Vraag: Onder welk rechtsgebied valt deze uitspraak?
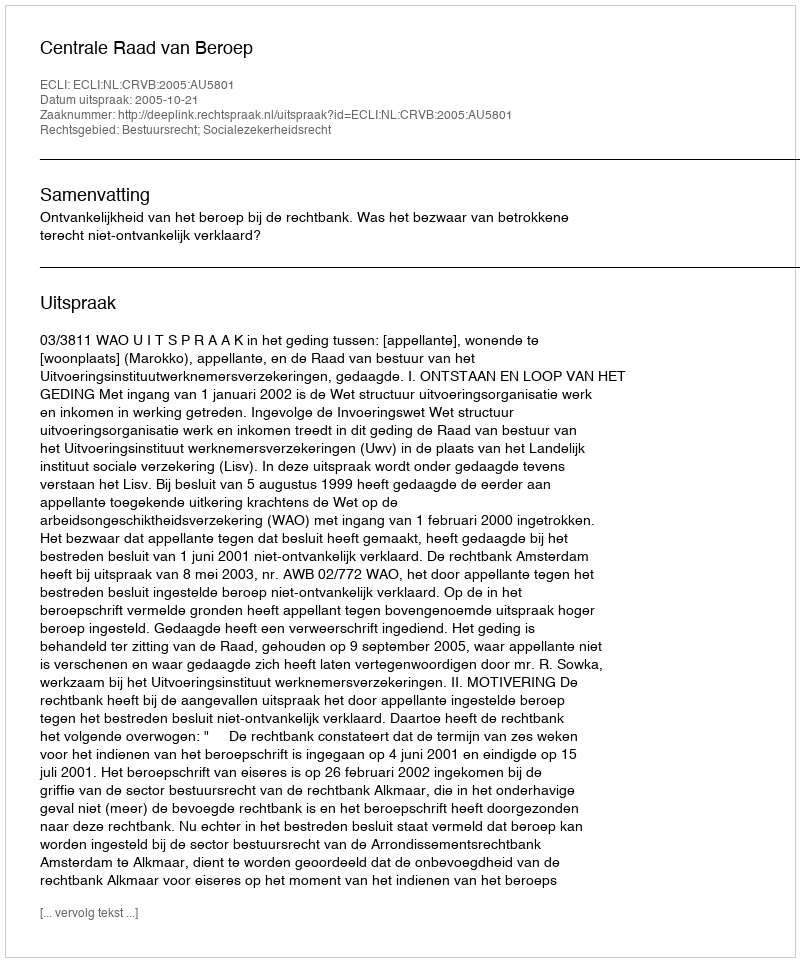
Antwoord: Bestuursrecht; Socialezekerheidsrecht